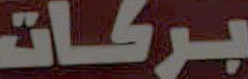
بركات